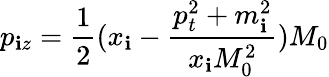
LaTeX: p_{\mathbf{i}z}=\frac{{1}}{{2}}(x_{\mathbf{i}}-\frac{{p_{t}^{2}+m_{\mathbf{i}}^{2}}}{{x_{\mathbf{i}}M_{0}^{2}}})M_{0}